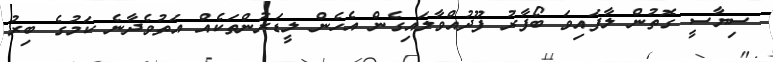
ސިޔާސީ ގޮތުން ލާފައިވަ ބޯފާރު ފޫދުއްވާލައިގެން އެހެން ލީޑަރުންތަކެއް އަތުވެދާނެ ކަމުގެ ބިރު